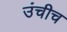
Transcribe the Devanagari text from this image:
उंचीच